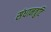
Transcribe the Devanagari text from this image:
संधानत्रुटि